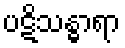
ပဋိသန္ဓာရာ